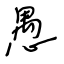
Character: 愚